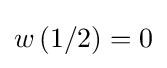
w\left(1/2\right)=0